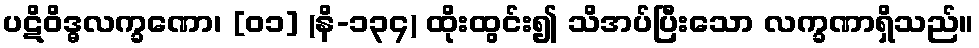
ပဋိဝိဒ္ဓလက္ခဏော၊ [၀၁] (နိ-၁၃၄) ထိုးထွင်း၍ သိအပ်ပြီးသော လက္ခဏာရှိသည်။